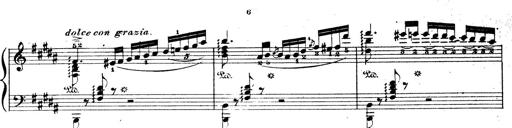
Title: Wagner-Liszt Album
Composer: Franz Liszt